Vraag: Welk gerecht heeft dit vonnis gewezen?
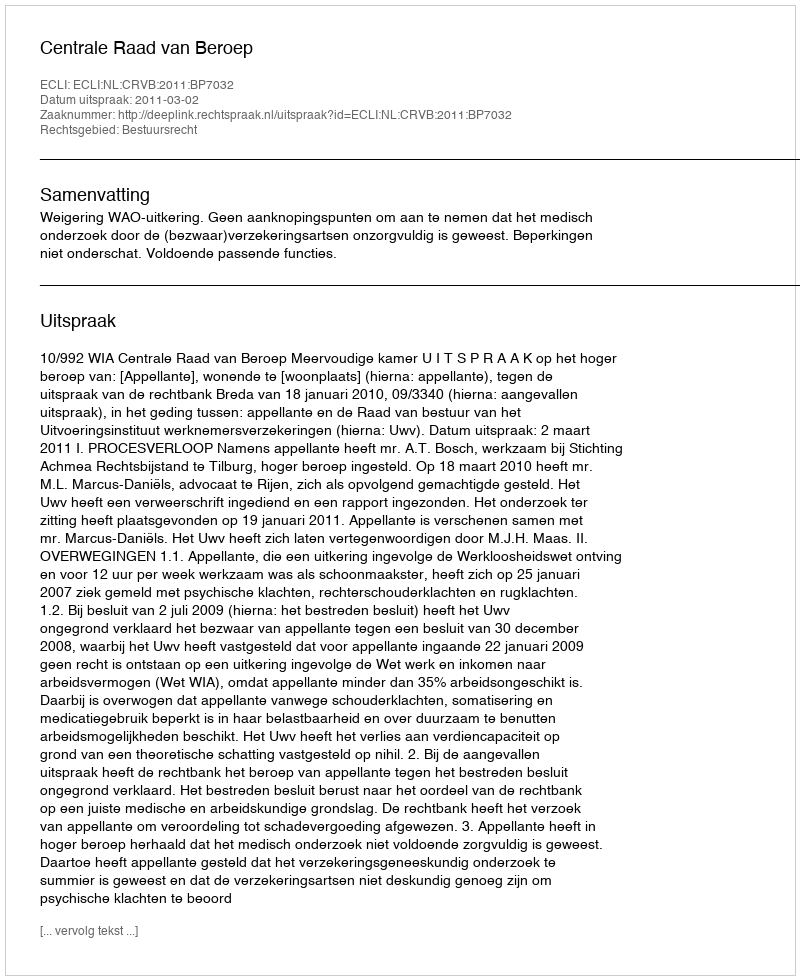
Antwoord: Centrale Raad van Beroep